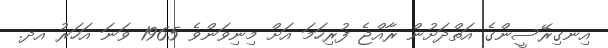
އިނގިރޭސީންގެ އަތްދަށުން ރާއްޖެ ފުރިހަމަ އަށް މިނިވަންވެ 1965 ވަނަ އަހަރު އދ.